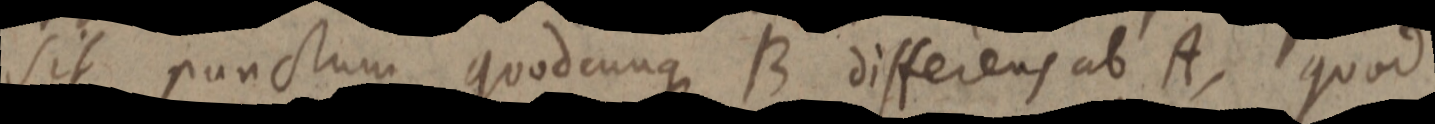
sit punctum quodcunque B differens ab A, quod